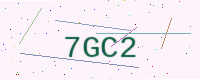
Text: 7GC2